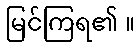
မြင်ကြရ၏ ။